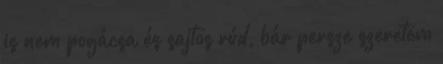
is nem pogácsa és sajtos rúd, bár persze szeretem